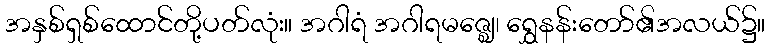
အနှစ်ရှစ်ထောင်တို့ပတ်လုံး။ အဂါရံ အဂါရမဇ္ဈေ၊ ရွှေနန်းတော်၏အလယ်၌။